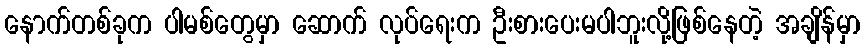
နောက်တစ်ခုက ပါမစ်တွေမှာ ဆောက် လုပ်ရေးက ဦးစားပေးမပါဘူးလို့ဖြစ်နေတဲ့ အချိန်မှာ